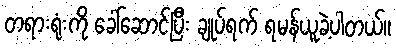
တရားရုံးကို ခေါ်ဆောင်ပြီး ချုပ်ရက် ရမန်ယူခဲ့ပါတယ်။